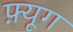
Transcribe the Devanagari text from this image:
फ़्यूग